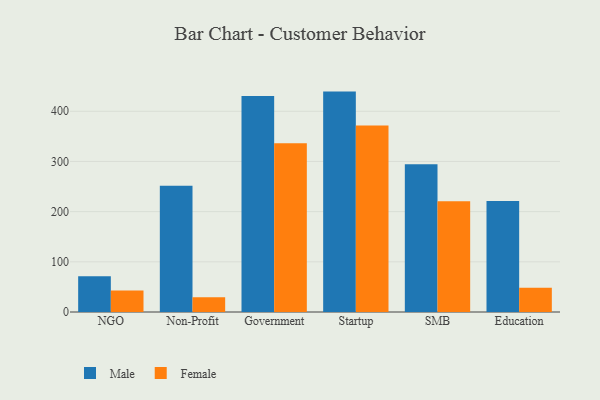
{"axis": {"x": "Segment", "y": "Revenue (USD Million)"}, "legend": ["Female", "Male"], "data": [{"x": "NGO", "y": 71.2, "type": "Male"}, {"x": "NGO", "y": 42.8, "type": "Female"}, {"x": "Non-Profit", "y": 251.7, "type": "Male"}, {"x": "Non-Profit", "y": 29.4, "type": "Female"}, {"x": "Government", "y": 430.5, "type": "Male"}, {"x": "Government", "y": 336.4, "type": "Female"}, {"x": "Startup", "y": 439.2, "type": "Male"}, {"x": "Startup", "y": 371.8, "type": "Female"}, {"x": "SMB", "y": 294.4, "type": "Male"}, {"x": "SMB", "y": 220.5, "type": "Female"}, {"x": "Education", "y": 221.0, "type": "Male"}, {"x": "Education", "y": 48.4, "type": "Female"}]}